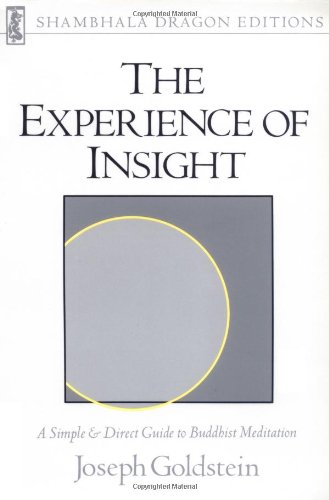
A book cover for The Experience of Insight: A Simple and Direct Guide to Buddhist Meditation (Shambhala Dragon Editions); Joseph Goldstein; Religion & Spirituality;